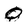
Character: Q